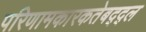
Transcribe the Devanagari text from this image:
परिणामकारकतेबद्द्ल